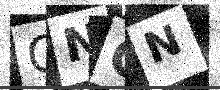
Text: QNGN